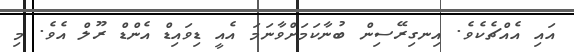
އައި އެއްޗެކެވެ. އިނގިރޭސިން ބުނާކަމަށްވާނަމަ އެއީ ޑިވައިޑް އެންޑް ރޫލް އެވެ. މި